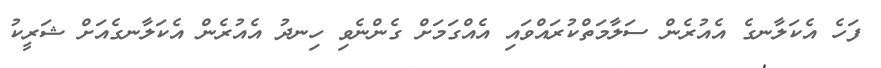
ފަހެ އެކަލާނގެ އެއުރެން ސަލާމަތްކުރައްވައި އެއްގަމަށް ގެންނެވި ހިނދު އެއުރެން އެކަލާނގެއަށް ޝަރީކު